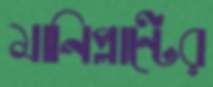
মানিপ্লান্টের